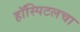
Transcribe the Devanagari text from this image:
हॉस्पिटलचा